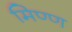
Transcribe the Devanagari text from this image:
मिण्ण